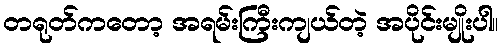
တရုတ်ကတော့ အရမ်းကြီးကျယ်တဲ့ အပိုင်းမျိုးပါ။